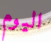
اليوم